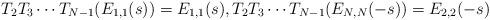
LaTeX: \begin{gather*}T_2 T_3 \cdots T_{N-1} (E_{1,1}(s)) = E_{1,1}(s), T_2 T_3 \cdots T_{N-1} (E_{N,N}(-s)) = E_{2,2}(-s)\end{gather*}